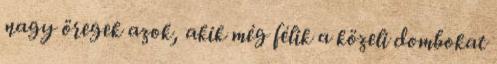
nagy öregek azok, akik még félik a közeli dombokat